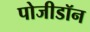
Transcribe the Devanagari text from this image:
पोजीडॉन